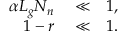
\begin{array} { r l r } { \alpha L _ { g } N _ { n } } & { { } \ll } & { 1 , } \\ { 1 - r } & { { } \ll } & { 1 . } \end{array}